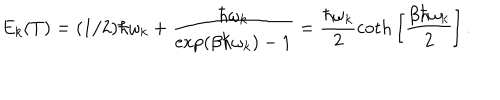
E _ { k } ( T ) = ( 1 / 2 ) \hbar \omega _ { k } + \frac { \hbar \omega _ { k } } { \exp ( \beta \hbar \omega _ { k } ) - 1 } = \frac { \hbar \omega _ { k } } { 2 } \mathrm { c o t h } \left[ \frac { \beta \hbar \omega _ { k } } { 2 } \right] .